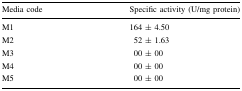
| Media code | Specific activity (U/mg protein) |
 | --- | --- |
 | M1 | 164 ± 4.50 |
 | M2 | 52 ± 1.63 |
 | M3 | 00 ± 00 |
 | M4 | 00 ± 00 |
 | M5 | 00 ± 00 |